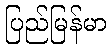
ပြည်မြန်မာ